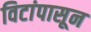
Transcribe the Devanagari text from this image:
विटांपासून